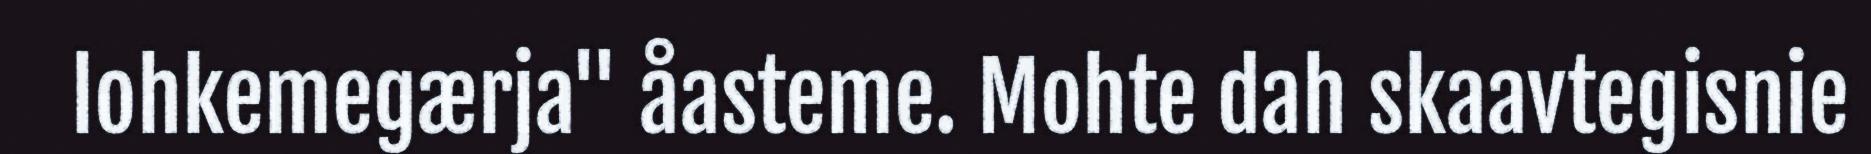
lohkemegærja" åasteme. Mohte dah skaavtegisnie